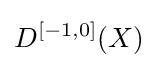
D^{[-1,0]}(X)